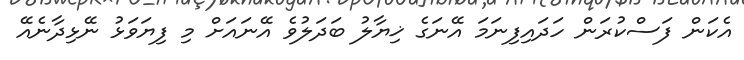
އެކަން ފަސްކުރަން ހަދައިފިނަމަ އޭނަގެ ޚިޔާލު ބަދަލުވެ އޭނައަށް މި ފިޔަވަޅު ނޭޅިދާނެއޭ